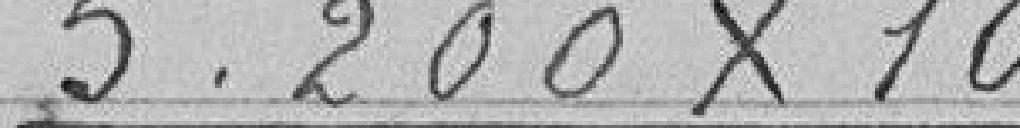
5.200 x 10